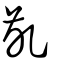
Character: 齓